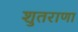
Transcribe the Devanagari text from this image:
शुतराणा